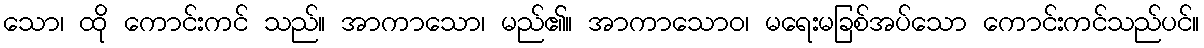
သော၊ ထို ကောင်းကင် သည်။ အာကာသော၊ မည်၏။ အာကာသောဝ၊ မရေးမခြစ်အပ်သော ကောင်းကင်သည်ပင်။